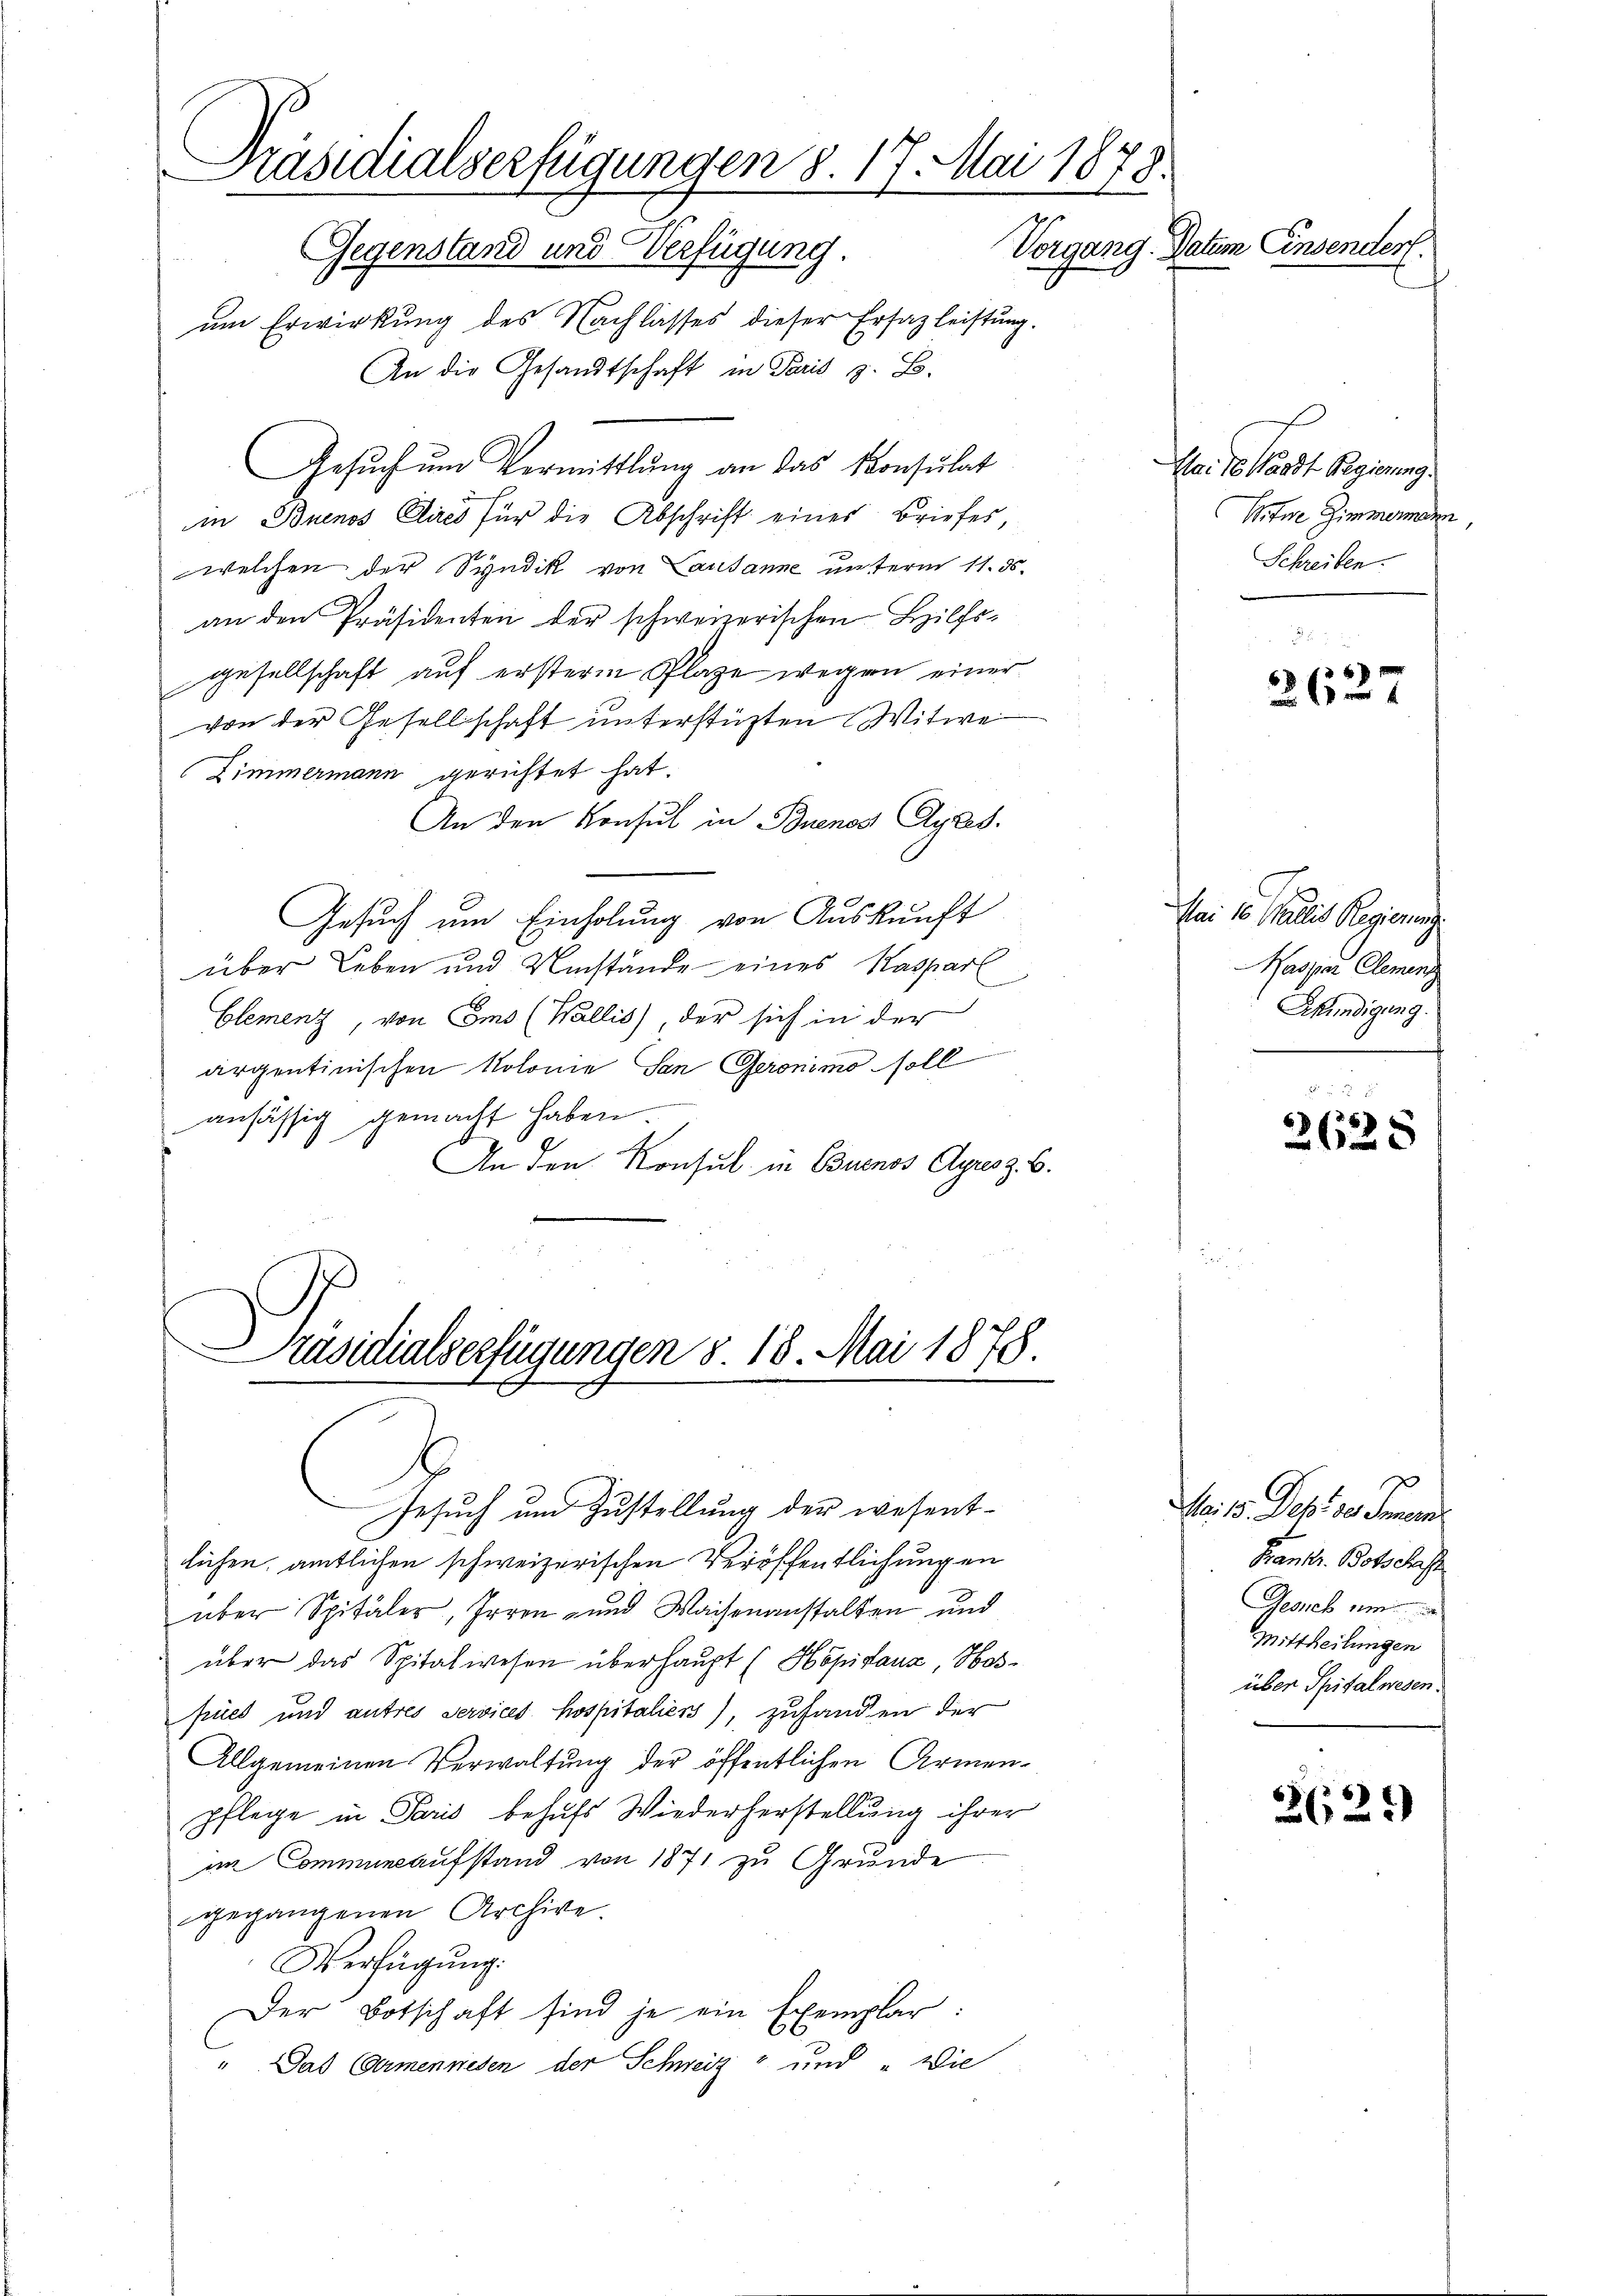
Präsidialserfügungen 8. 17. Mai 1873.
Vorgang. Datum Einsender.
Gegenstand und Verfügung.

um Erwirkung des Nachlasses dieser Ersatzleistung.
An die Gesandtschaft in Paris z. B.
Gesuch um Vermittlung an das Konsulat
in Buenos Aires für die Abschrift eines Briefes
welchen der Syndik von Lausanne unterm 11. ds.
an den Präsidenten der schweizerischen Hilfsgesellschaft auf ersterm Plaze wegen einer
von der Gesellschaft unterstützten Witwe
Zimmermann gerichtet hat.
An den Konsul in Buenos Ayres.
Gesuch um Einholung von Auskunft
über Leben und Umstände eines Kasparl
Clement, von Ems (Wallis), der sich in der
argentinischen Kolonie San Geronimo soll
ansässig gemacht haben.
A
An den Konsul in Buenos Ayres z. B.

Präsidialserfügungen 8. 18. Mai 1878.

Gesuch und Zustellung der wesentlichen, amtlichen schweizerischen Veröffentlichungen
über Spitäler, Irren- und Waisenanstalten und
über das Spitalwesen überhaupt (Höpitaux, Hospues und autres Services hospitaliers), zuhanden der
Allgemeinen Verwaltung der öffentlichen Armen-
pflege in Paris behufs Wiederherstellung ihrer
im Communaufstand von 1871 zu Grunde
gegangenen Archive
Verfügŭng.
Der Botschaft sind je ein Exemplar:
" Das Germenrieden der Schweiz und „Vie

Mai de Waadt Regierung.
Witwe Zimmermann,
Schreiben.

6x
26

Mai 16. Pallis Regierung
Kaspar Clemen
Akündigung

2625

Mai 18. Dest der Gemein
Kranker. Botschaft
Gesuch um
Mittheilungen
über Spitalwesen.

262.